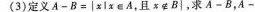
(3)定义A-B=|x|x\in A,且x\notin B|，求A-B，A-